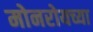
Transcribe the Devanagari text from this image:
मोनरोयच्या